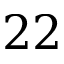
2 2